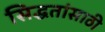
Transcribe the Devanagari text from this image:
सिद्धतांसाठी